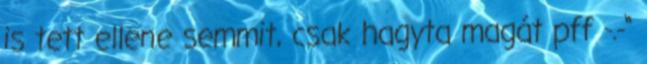
is tett ellene semmit, csak hagyta magát pff -.-“